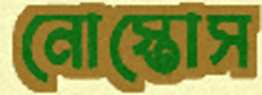
নোস্তোস